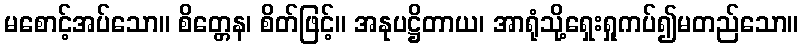
မစောင့်အပ်သော။ စိတ္တေန၊ စိတ်ဖြင့်။ အနုပဋ္ဌိတာယ၊ အာရုံသို့ရှေးရှုကပ်၍မတည်သော။